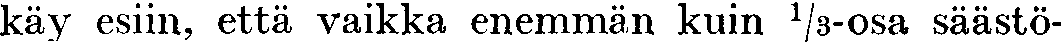
käy esiin, että vaikka enemmän kuin ⅓-osa säästö-